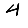
Digit: 4